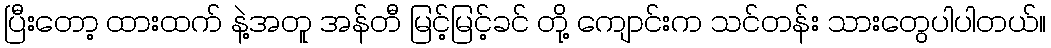
ပြီးတော့ ထားထက် နဲ့အတူ အန်တီ မြင့်မြင့်ခင် တို့ ကျောင်းက သင်တန်း သားတွေပါပါတယ်။